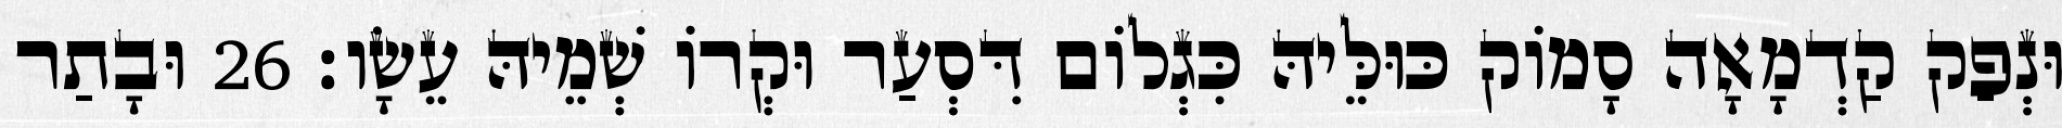
וּנְפַק קַדְמָאָה סָמוֹק כּוּלֵּיהּ כִּגְלוֹם דִּסְעַר וּקְרוֹ שְׁמֵיהּ עֵשָׂו׃ 26 וּבָתַר